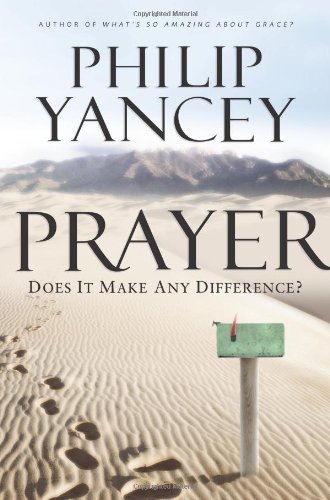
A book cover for Prayer: Does It Make Any Difference?; Philip Yancey; Religion & Spirituality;